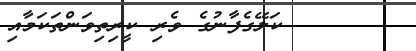
٧٨       ކަލޭގެފާނުގެ ވެރި ކީރިތިވަންތަކަމާއި